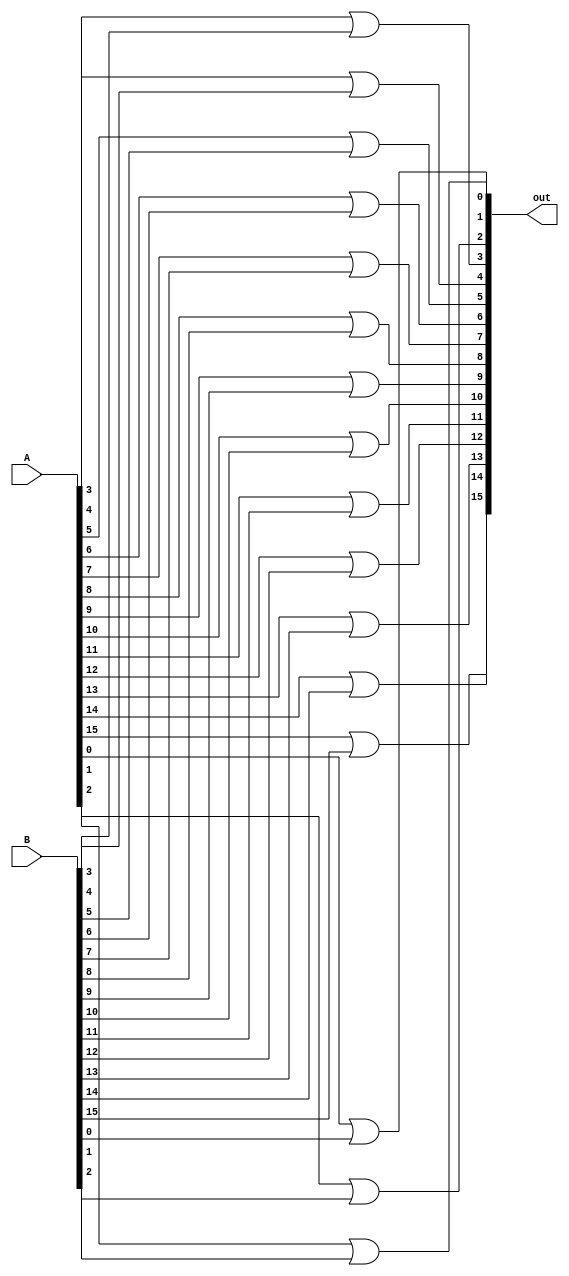
module OR (A, B, out);

input [16:1] A, B;

output [16:1] out;

assign out[1] = A[1] | B[1];
assign out[2] = A[2] | B[2];
assign out[3] = A[3] | B[3];
assign out[4] = A[4] | B[4];
assign out[5] = A[5] | B[5];
assign out[6] = A[6] | B[6];
assign out[7] = A[7] | B[7];
assign out[8] = A[8] | B[8];
assign out[9] = A[9] | B[9];
assign out[10] = A[10] | B[10];
assign out[11] = A[11] | B[11];
assign out[12] = A[12] | B[12];
assign out[13] = A[13] | B[13];
assign out[14] = A[14] | B[14];
assign out[15] = A[15] | B[15];
assign out[16] = A[16] | B[16];

endmodule